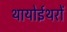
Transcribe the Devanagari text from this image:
थायोईथरों